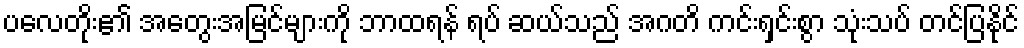
ပလေတိုး၏ အတွေးအမြင်များကို ဘာထရန် ရပ် ဆယ်သည် အဂတိ ကင်းရှင်းစွာ သုံးသပ် တင်ပြနိုင်